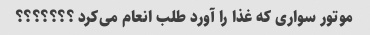
موتور سواری که غذا را آورد طلب انعام می‌کرد ؟؟؟؟؟؟؟